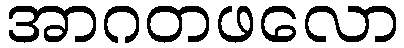
အာဂတဖလော